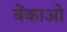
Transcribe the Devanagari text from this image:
बेंकाओ